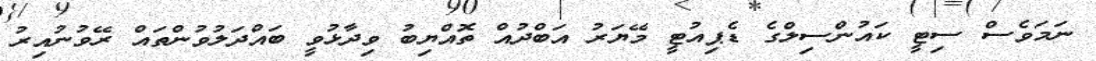
ނަމަވެސް ސިޓީ ކައުންސިލްގެ ޑެޕިއުޓީ މޭޔަރު އަބްދުއް ތޮއްޔިބު ވިދާޅުވީ ބައްދަލުވުންތައް ރޭވުނުއިރު